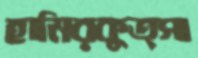
হামিরকুত্সা